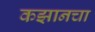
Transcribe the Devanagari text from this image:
कझानचा